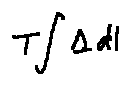
T \int \Delta d l